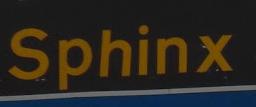
sphinx